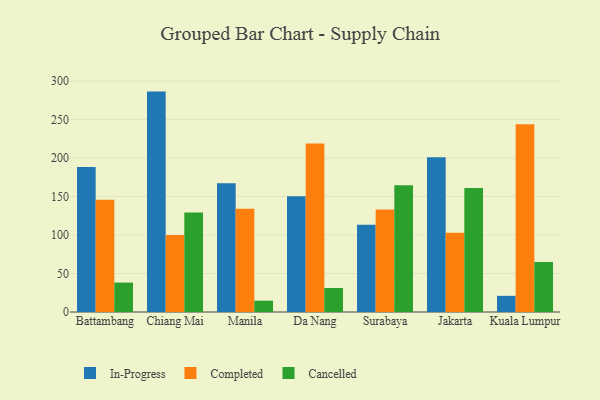
{"axis": {"x": "City", "y": "Conversion Rate (%)"}, "legend": ["Cancelled", "Completed", "In-Progress"], "data": [{"x": "Battambang", "y": 188.5, "type": "In-Progress"}, {"x": "Battambang", "y": 145.7, "type": "Completed"}, {"x": "Battambang", "y": 38.2, "type": "Cancelled"}, {"x": "Chiang Mai", "y": 286.3, "type": "In-Progress"}, {"x": "Chiang Mai", "y": 99.9, "type": "Completed"}, {"x": "Chiang Mai", "y": 129.3, "type": "Cancelled"}, {"x": "Manila", "y": 167.4, "type": "In-Progress"}, {"x": "Manila", "y": 134.2, "type": "Completed"}, {"x": "Manila", "y": 14.7, "type": "Cancelled"}, {"x": "Da Nang", "y": 150.4, "type": "In-Progress"}, {"x": "Da Nang", "y": 218.8, "type": "Completed"}, {"x": "Da Nang", "y": 31.2, "type": "Cancelled"}, {"x": "Surabaya", "y": 113.5, "type": "In-Progress"}, {"x": "Surabaya", "y": 133.1, "type": "Completed"}, {"x": "Surabaya", "y": 164.7, "type": "Cancelled"}, {"x": "Jakarta", "y": 200.9, "type": "In-Progress"}, {"x": "Jakarta", "y": 102.9, "type": "Completed"}, {"x": "Jakarta", "y": 161.0, "type": "Cancelled"}, {"x": "Kuala Lumpur", "y": 21.0, "type": "In-Progress"}, {"x": "Kuala Lumpur", "y": 243.9, "type": "Completed"}, {"x": "Kuala Lumpur", "y": 65.0, "type": "Cancelled"}]}